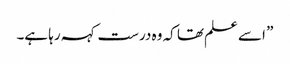
” اسے علم تھا کہ وہ درست کہہ رہا ہے۔